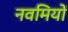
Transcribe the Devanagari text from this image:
नवमियों